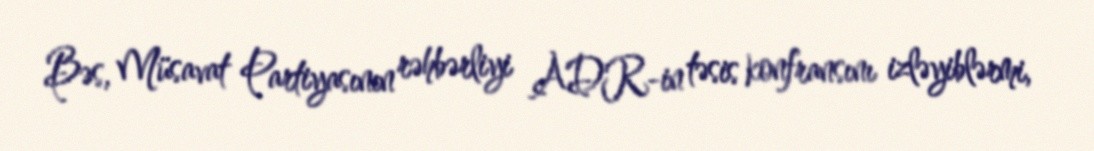
Bəs, Müsavat Partiyasının rəhbərliyi ADR-in təsis konfransını izləyiblərmi,